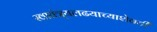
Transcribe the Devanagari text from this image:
स्वातंत्र्यलढयाच्याशेवटी